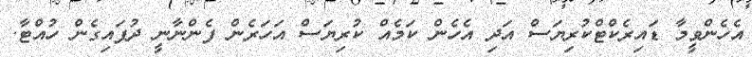
އެހެންވީމާ ޑައިރެކްޓްކުރިޔަސް އަދި އެހެން ކަމެއް ކުރިޔަސް އަހަރެން ފެންނާނީ ދުފައިގެން ހުއްޓާ.